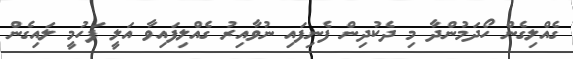
ގެއްލިގެން ހޯދަމުންދާ މި ދެކުދިން ފެނިފައި ނުވާއިރު ގެއްލިފައިވާ އަލީ ފަހުމީ ލައިގެން